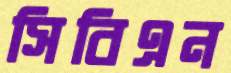
সিবিএন